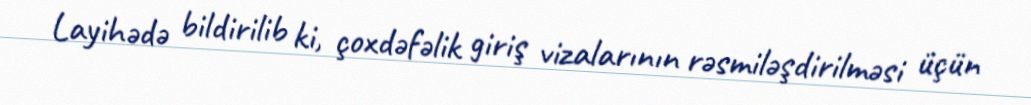
Layihədə bildirilib ki, çoxdəfəlik giriş vizalarının rəsmiləşdirilməsi üçün